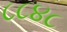
૮૮૪૮